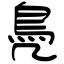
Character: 鳧